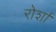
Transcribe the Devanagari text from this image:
रोर्शा